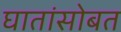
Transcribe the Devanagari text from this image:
घातांसोबत